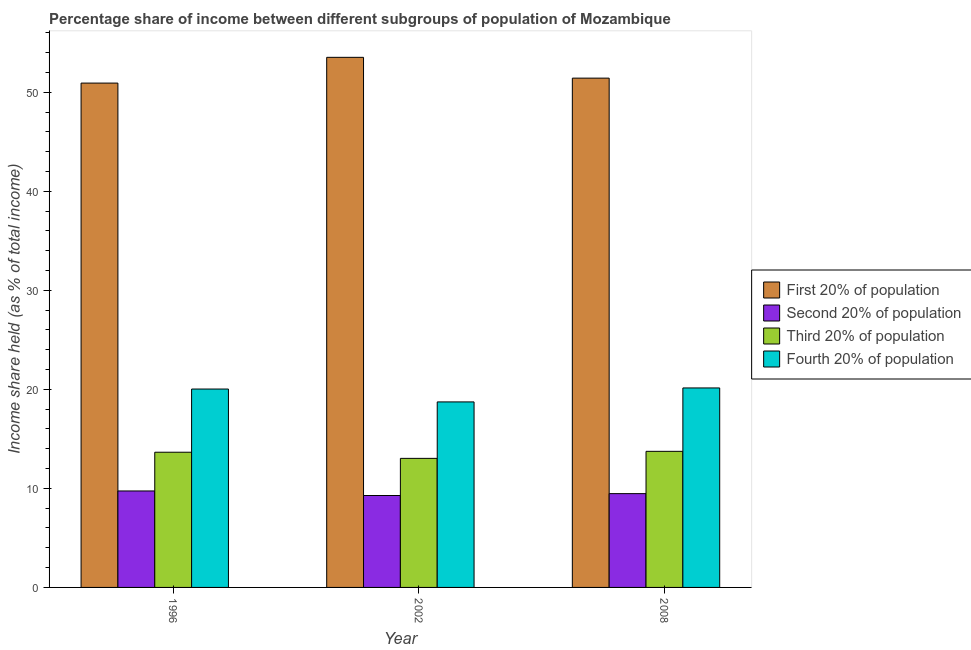
| Year | First 20% of population | Second 20% of population | Third 20% of population | Fourth 20% of population |
 | --- | --- | --- | --- | --- |
 | 1996 | 50.9 | 9.74 | 13.7 | 20 |
 | 2002 | 53.5 | 9.28 | 13 | 18.7 |
 | 2008 | 51.4 | 9.47 | 13.7 | 20.1 |